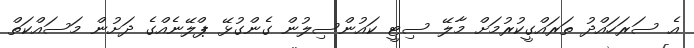
އެ ސަރަހައްދު ތަރައްގީކުރުމަށް މާލޭ ސިޓީ ކައުންސިލުން ގެންގުޅޭ ޕްލޭނެއްގެ ދަށުން މަސައްކަތް